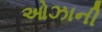
ઓઝાની